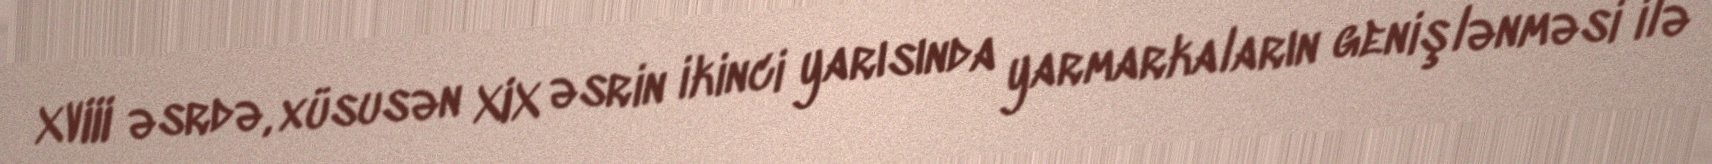
XVIII əsrdə, xüsusən XIX əsrin ikinci yarısında yarmarkaların genişlənməsi ilə